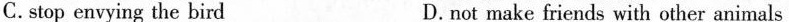
C.stop envying the bird D.not make friends with other animals